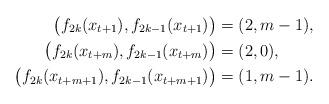
LaTeX: \begin{align*} \big(f_{2k}(x_{t+1}), f_{2k-1}(x_{t+1})\big) &= (2, m-1), \\ \big(f_{2k}(x_{t+m}), f_{2k-1}(x_{t+m})\big) &= (2,0), \\\big(f_{2k}(x_{t+m+1}), f_{2k-1}(x_{t+m+1})\big) &= (1,m-1). \\\end{align*}